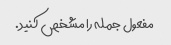
مفعول جمله را مشخص کنید.